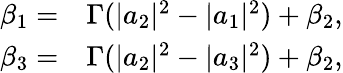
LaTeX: \begin{array}{r}{\begin{array}{rl}{\beta_{1}=}&{{}\Gamma(|a_{2}|^{2}-|a_{1}|^{2})+\beta_{2},}\\ {\beta_{3}=}&{{}\Gamma(|a_{2}|^{2}-|a_{3}|^{2})+\beta_{2},}\end{array}}\end{array}